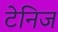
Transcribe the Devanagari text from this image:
टेनिज